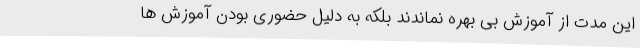
این مدت از آموزش بی بهره نماندند بلکه به دلیل حضوری بودن آموزش ها